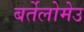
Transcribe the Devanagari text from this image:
बर्तेलोमेउ